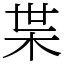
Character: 枼